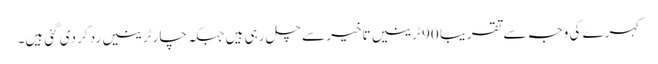
کہرے کی وجہ سے تقریبا 90 ٹرینیں تاخیر سے چل رہی ہیں جبکہ چار ٹرینیں رد کر دی گئی ہیں۔